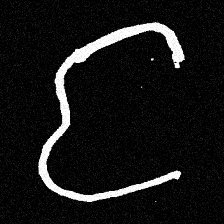
Pyu character \u2014 Myanmar letter: င (romanized: nga)